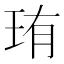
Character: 珛